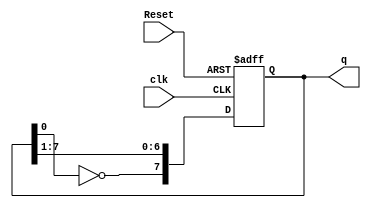
module jc(Reset, clk, q);
input Reset, clk;
output[7:0] q;
reg [7:0] q;
always @(negedge Reset or posedge clk)
if(!Reset)
q <= 0;
else
q <= {{~q[0]},{q[7:1]}};
endmodule